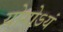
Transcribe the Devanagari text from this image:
योगोऽयं